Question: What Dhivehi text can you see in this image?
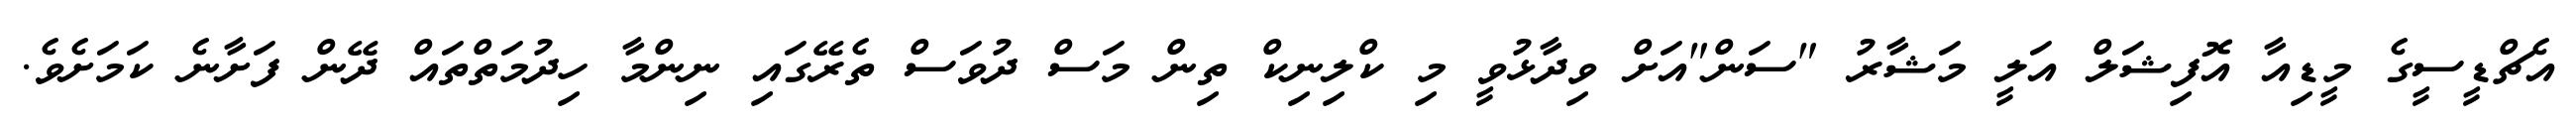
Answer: އެޗްޑީސީގެ މީޑިއާ އޮފިޝަލް އަލީ މަޝާރު "ސަން"އަށް ވިދާޅުވީ މި ކްލިނިކް ތިން މަސް ދުވަސް ތެރޭގައި ނިންމާ ހިދުމަތްތައް ދޭން ފަށާނެ ކަމަށެވެ.